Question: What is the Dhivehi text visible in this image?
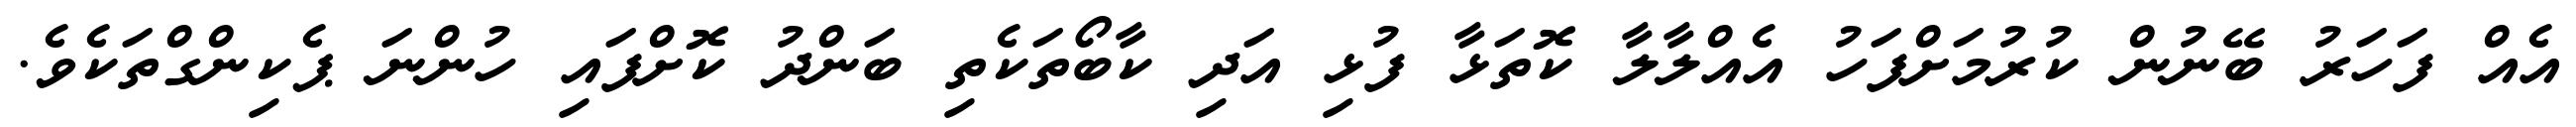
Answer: އެއް ފަހަރު ބޭނުން ކުރުމަށްފަހު އެއްލާލާ ކޮތަޅާ ފުޅި އަދި ކާބޯތަކެތި ބަންދު ކޮށްފައި ހުންނަ ޕެކިންގްތަކެވެ.